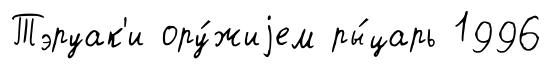
Тэруак'и ору́жиjем ры́царь 1996